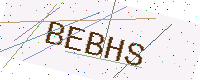
Text: BEBHS